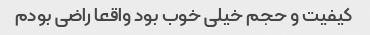
کیفیت و حجم خیلی خوب بود واقعا راضی بودم